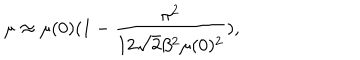
\mu \approx \mu ( 0 ) ( 1 - \frac { \pi ^ { 2 } } { 1 2 \sqrt { 2 } \beta ^ { 2 } \mu ( 0 ) ^ { 2 } } ) ,